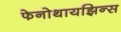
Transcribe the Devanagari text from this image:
फेनोथायझिन्स